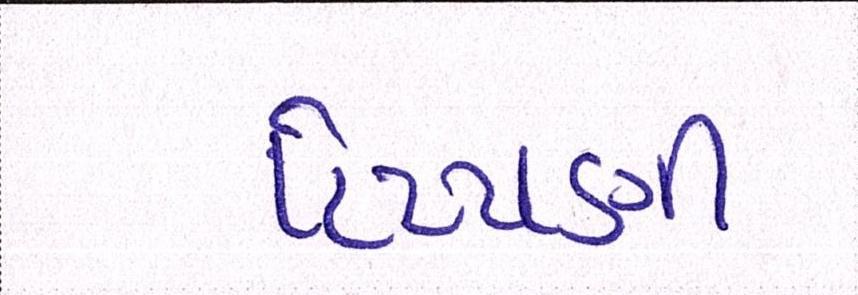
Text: ટિપ્પણી